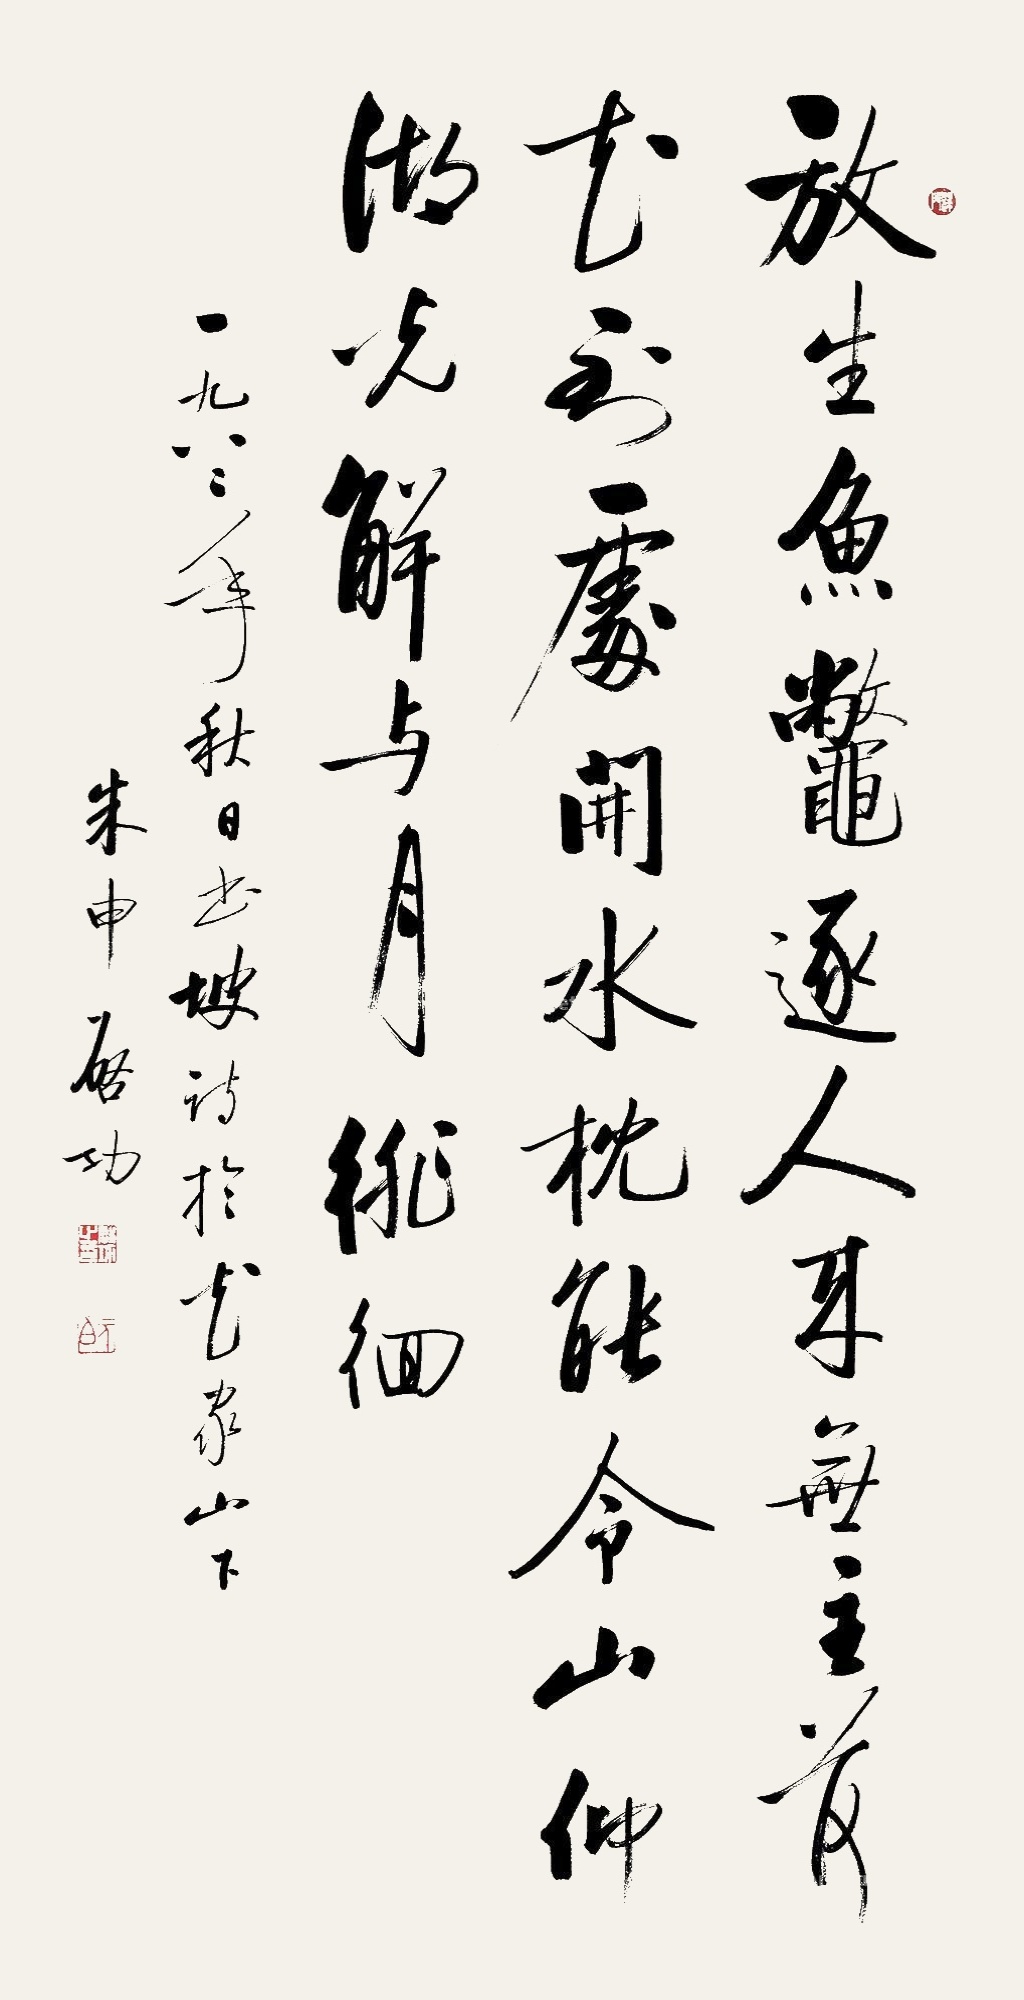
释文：放生鱼鳖逐人来，无主荷花到处开。水枕能令山仰，湖光解与月徘徊。一九八二年秋日，书东坡诗于花家山下。朱申启功。